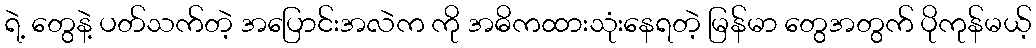
ရဲ့ တွေနဲ့ ပတ်သက်တဲ့ အပြောင်းအလဲက ကို အဓိကထားသုံးနေရတဲ့ မြန်မာ တွေအတွက် ပိုကုန်မယ့်